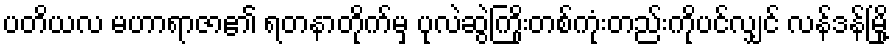
ပတိယလ မဟာရာဇာ၏ ရတနာတိုက်မှ ပုလဲဆွဲကြိုးတစ်ကုံးတည်းကိုပင်လျှင် လန်ဒန်မြို့